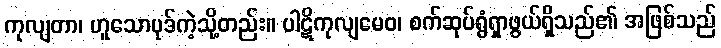
ကုလျတာ၊ ဟူသောပုဒ်ကဲ့သို့တည်း။ ပါဋိကုလျမေဝ၊ စက်ဆုပ်ရွံရှာဖွယ်ရှိသည်၏ အဖြစ်သည်